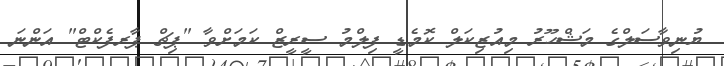
ޔުނިވާސަލްގެ މަޝްހޫރު މިއުޒިކަލް ކޮމެޑީ ފިލްމު ސީރީޒް ކަމަށްވާ "ޕިޗް ޕާރފެކްޓް" އަންނަ